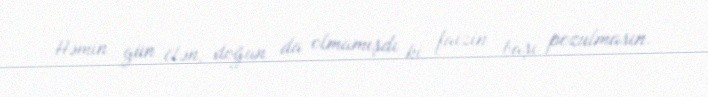
Həmin gün ölən, doğan da olmamışdı ki, faizin başı pozulmasın.